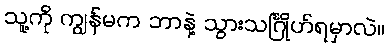
သူ့ကို ကျွန်မက ဘာနဲ့ သွားသင်္ဂြိုဟ်ရမှာလဲ။